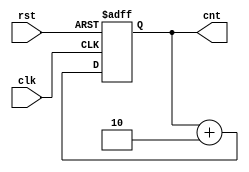
module day5 (clk,rst,cnt);

  input  wire  clk;
  input  wire  rst;

  output reg  [7:0]  cnt;

  always @(posedge clk or posedge rst)begin
    if (rst)
      cnt <= 8'h1;
    else
      cnt <= cnt +2;
  end
endmodule